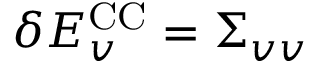
\delta E _ { v } ^ { \mathrm { C C } } = \Sigma _ { v v }